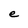
Character: e